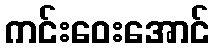
ကင်းဝေးအောင်